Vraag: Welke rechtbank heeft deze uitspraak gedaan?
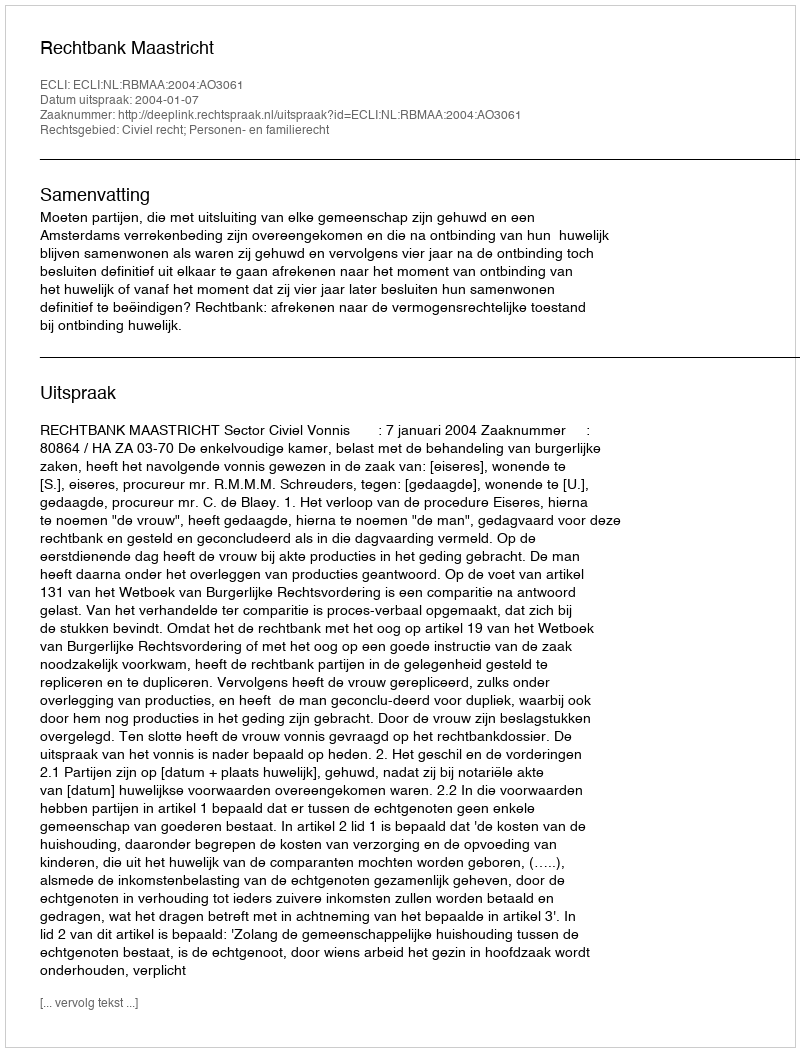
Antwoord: Rechtbank Maastricht